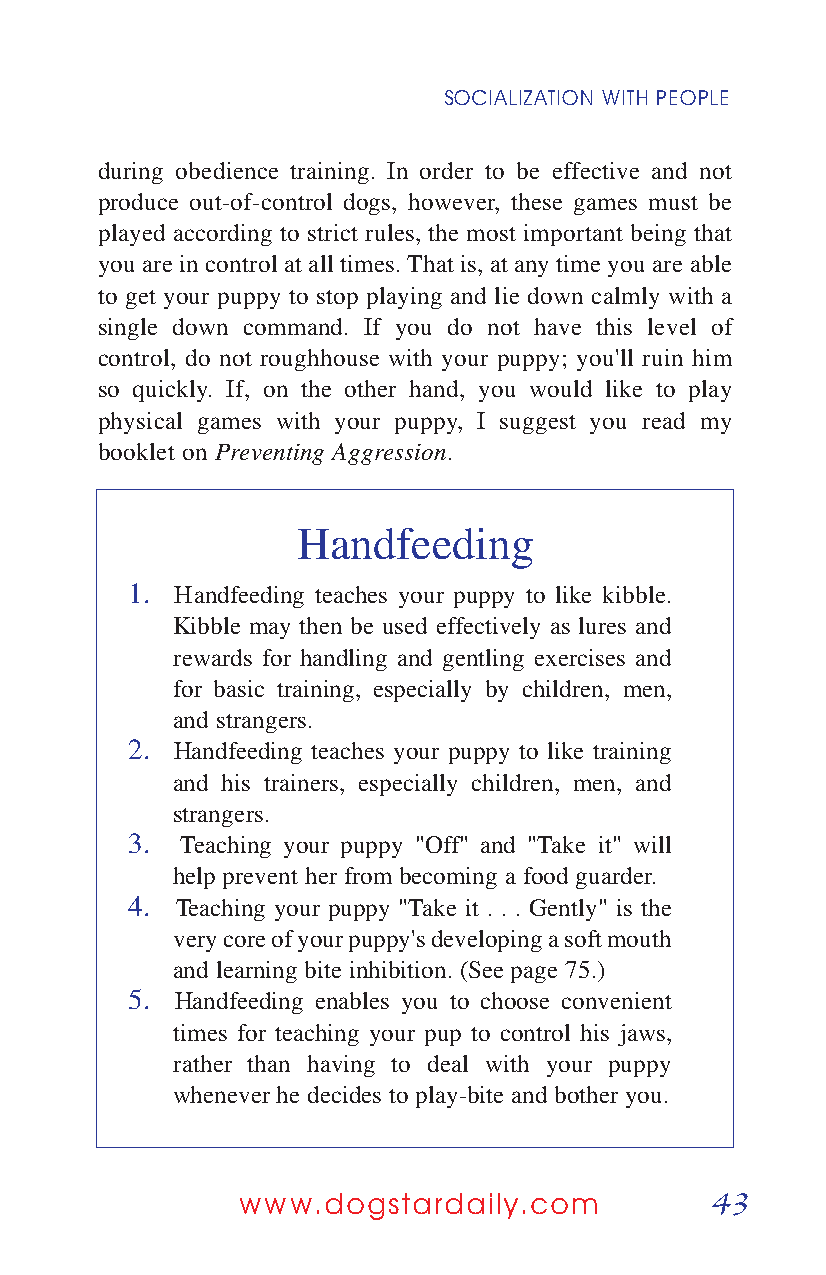
SOCIALIZATION WITH PEOPLE
 during obedience training. In order to be effective and not
 produce out-of-control dogs, however, these games must be
 played according to strict rules, the most important being that
 you are in control at all times. That is, at any time you are able
 to get your puppy to stop playing and lie down calmly with a
 single down command. If you do not have this level of
 control, do not roughhouse with your puppy; you'll ruin him
 so quickly. If, on the other hand, you would like to play
 physical games with your puppy, I suggest you read my
 booklet on Preventing Aggression.
 Handfeeding
 1.  Handfeeding teaches your puppy to like kibble.
 Kibble may then be used effectively as lures and
 rewards for handling and gentling exercises and
 for basic training, especially by children, men,
 and strangers.
 2. Handfeeding teaches your puppy to like training
 and his trainers, especially children, men, and
 strangers.
 3.  Teaching your puppy "Off" and "Take it" will
 help prevent her from becoming a food guarder.
 4.  Teaching your puppy "Take it . . . Gently" is the
 very core of your puppy's developing a soft mouth
 and learning bite inhibition. (See page 75.)
 5.  Handfeeding enables you to choose convenient
 times for teaching your pup to control his jaws,
 rather than having to deal with your puppy
 whenever he decides to play-bite and bother you.
 43
 www.dogstardaily.com